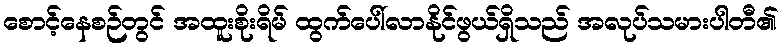
စောင့်နေစဉ်တွင် အထူးစိုးရိမ် ထွက်ပေါ်လာနိုင်ဖွယ်ရှိသည် အလုပ်သမားပါတီ၏